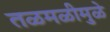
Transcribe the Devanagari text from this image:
तळमळीमुळे